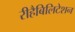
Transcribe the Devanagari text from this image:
रीहैबिलिटेशन